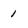
Character: 1